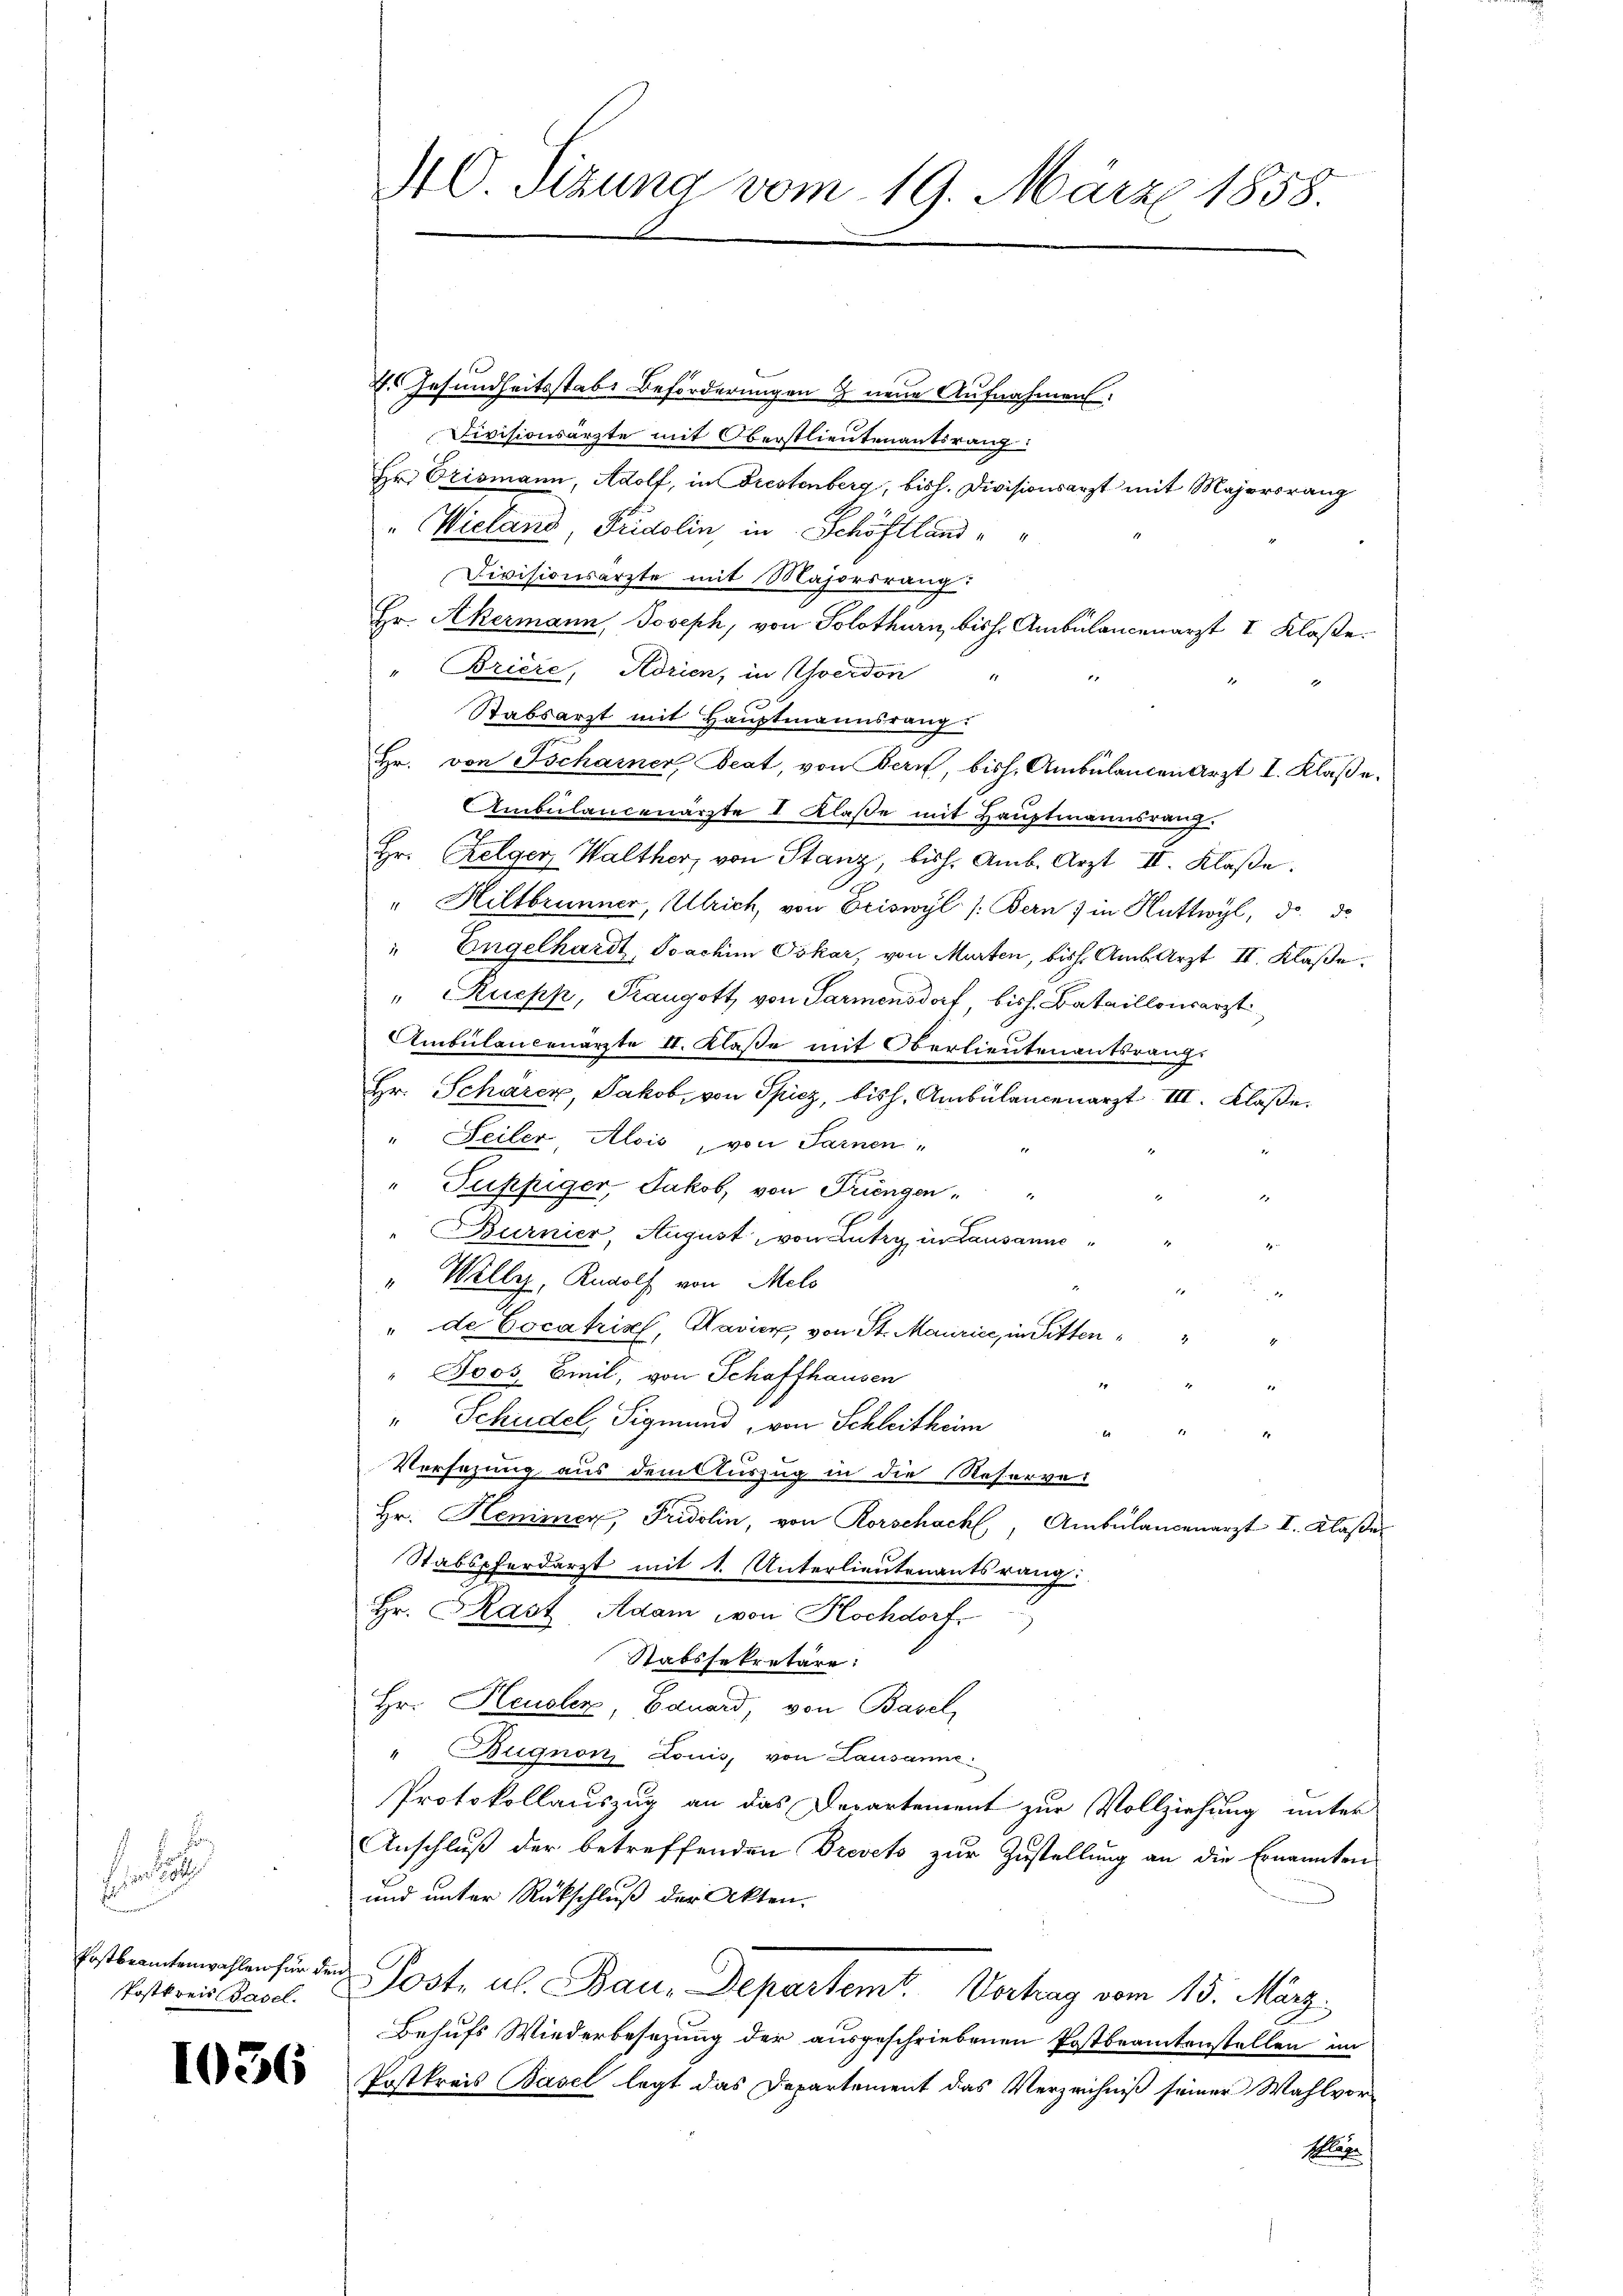
s
Einsich
Erstbeamtenwahlen für der
Postkreis Basel.

1036

Benne
4. Gesundheitsstabe Beförderungen & neue Aufnahmen:
Divisionsarzte mit Oberstlieutenantsrang:
Hr. Crismann, Adolf, in Frestenberg, bish. Divisionsarzt mit Majorsrang
" Wieland, Fridolin, in Schöflland
Divisionsärzte mit Majorsrang:
Hr. Akermann, Joseph, von Solothurn, bish. Ambülancenarzt I Klaße.
Briere, Adrien, in Yverdon
1
Stabsarzt mit Hauptmannsrang.
hr. von Tscharner Beat, von Bern, bish. Ambülancen Arzt I. Klaße.
Ambülancenarzte I Klasse mit Haŭptmannsrang.
Hr. Kelger, Walther, von Stanz, bish. Amb. Arzt II. Klaße.
" Hiltbrunner, Ulrich, von Eriswyl /: Bern) in Huttwyl, d. d.
" Engelhardt, Joachim Oskar, von Murten, bish. Amb. Arzt II. Klaße,
" Ruepp, Rangott, von Parmensdorf, bish. Bataillonsarzt
Ambülancenarzte II. Klaße mit Oberlieutenantsrangs
Hr. Schärer, Jakob, von Spiez, bish. Ambülancenarzt III. Klaße.
" Seiler Alois, von Sarnen,
" Fukfiger, Jakob, von Triengen. "
1
Burnier, August, von Lutry, in Lausanne
" Willy, Rudolf von Melo
" de Cocatrisch, Havier von St. Maurice, in Sitten
" Boos, Emil, von Schaffhausen
1
" Schudel Sigmund, von Schleitheim
u
Versezung aus dem Auszug in die Reserver
Hr. Henner, Fridolin, von Rorschach, Ambülancenarzt I. Klaße
Stabspferdarzt mit 1. Unterlieutenantsrang:
Hr. Rast Adam von Hochdorf
Stabssekretäre:
Hr. Heusler, Bauard, von Basel,
" Bugnon Louis, von Lausanne
Protokollauszug an das Departement zur Vollziehung unter
Anschluß der betreffenden Brevet zur Zustellung an die Ernannten
und unter Rückschluß der Akten.
s
Post. u. Bau-Departem Vortrag vom 15. März.
Behufs Wiederbesezung der ausgeschriebenen Postbeamtenstellen im
Postkreis Basel legt das Departement das Verzeichniß seiner Wahlvor¬
Klage

40. Sizung vom 19. März 1858.